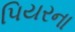
પિયરના